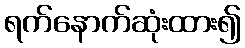
ရက်နောက်ဆုံးထား၍